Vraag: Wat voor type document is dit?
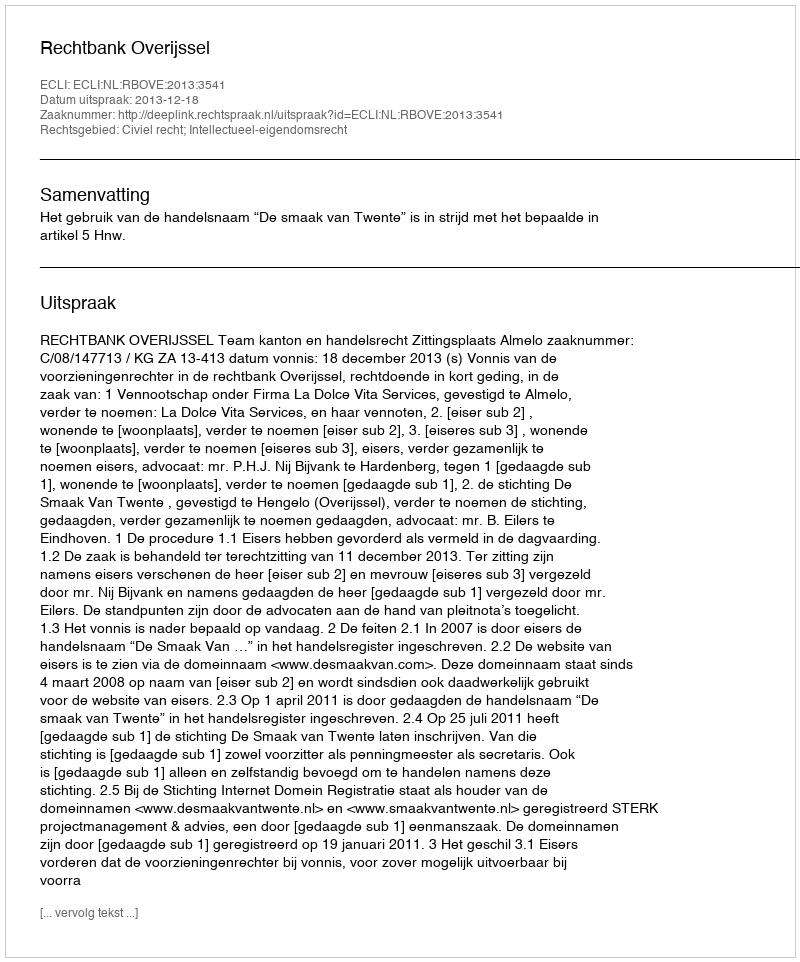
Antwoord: Uitspraak